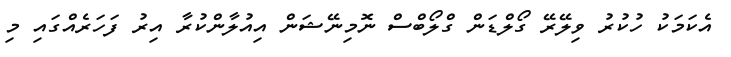
އެކަމަކު ހުކުރު ވިލޭރޭ ގޯލްޑަން ގްލޯބްސް ނޮމިނޭޝަން އިއުލާންކުރާ އިރު ފަހަރެއްގައި މި